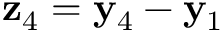
{ \bf z } _ { 4 } = { \bf y } _ { 4 } - { \bf y } _ { 1 }